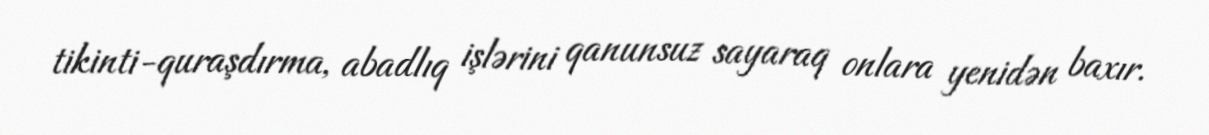
tikinti-quraşdırma, abadlıq işlərini qanunsuz sayaraq onlara yenidən baxır.